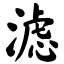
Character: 滤